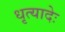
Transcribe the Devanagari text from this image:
धृत्यादेः